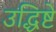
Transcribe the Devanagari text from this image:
उद्धिष्टे